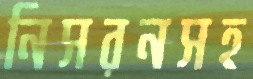
নিসরনসহ